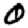
Digit: 0